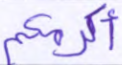
أكرمكم